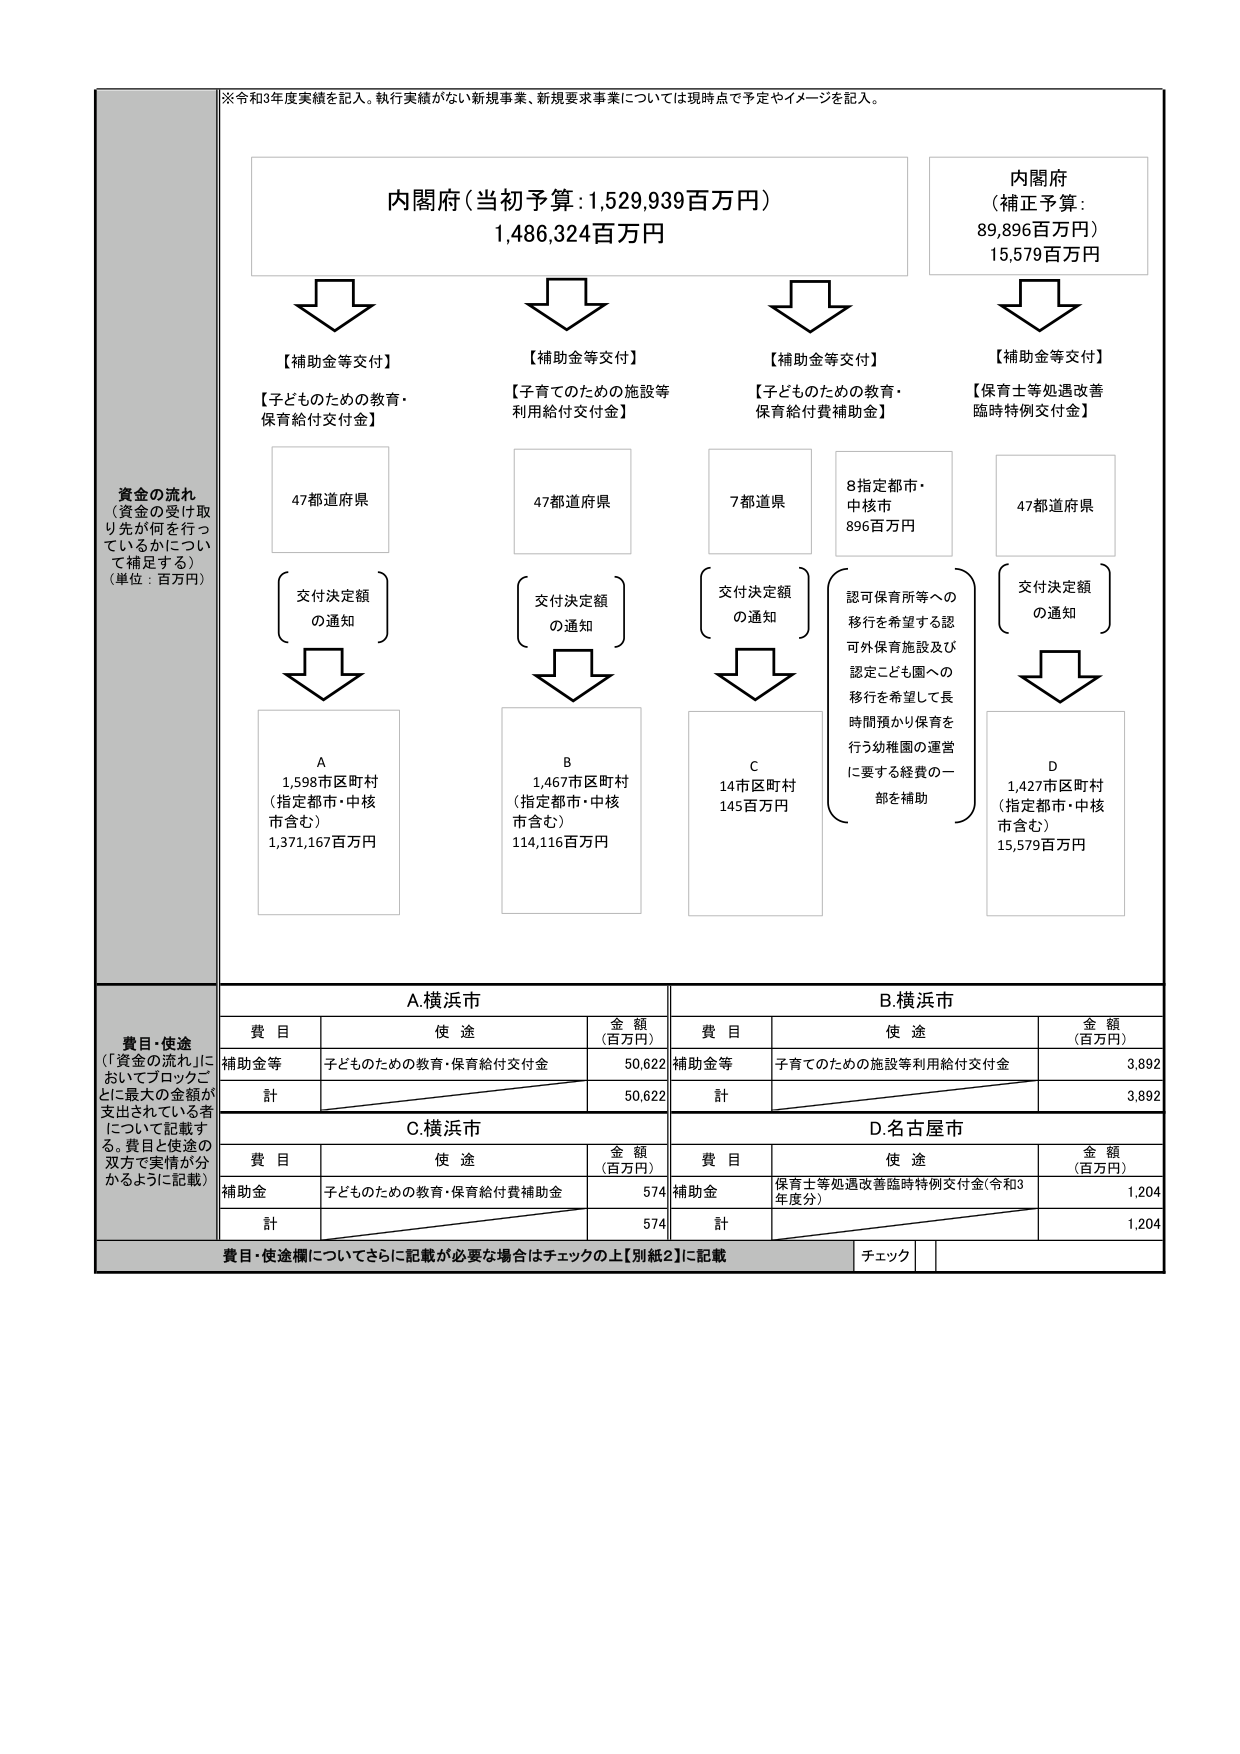
※令和3年度実績を記入。執行実績がない新規事業、新規要求事業については現時点で予定やイメージを記入。

資金の流れ
（資金の受け取り先が何を行っているかについて補足する）
（単位：百万円）

内閣府（当初予算：1,529,939百万円）
1,486,324百万円

内閣府
（補正予算：
89,896百万円）
15,579百万円

【補助金等交付】
【子どものための教育・保育給付交付金】
47都道府県
（交付決定額の通知）
A
1,598市区町村
（指定都市・中核市含む）
1,371,167百万円

【補助金等交付】
【子育てのための施設等利用給付交付金】
47都道府県
（交付決定額の通知）
B
1,467市区町村
（指定都市・中核市含む）
114,116百万円

【補助金等交付】
【子どものための教育・保育給付費補助金】
7都道県
（交付決定額の通知）
C
14市区町村
145百万円

8指定都市・中核市
896百万円
（認可保育所等への移行を希望する認可外保育施設及び認定こども園への移行を希望して長時間預かり保育を行う幼稚園の運営に要する経費の一部を補助）

【補助金等交付】
【保育士等処遇改善臨時特例交付金】
47都道府県
（交付決定額の通知）
D
1,427市区町村
（指定都市・中核市含む）
15,579百万円

費目・使途
（「資金の流れ」においてブロックごとに最大の金額が支出されている者について記載する。費目と使途の双方で実情が分かるように記載）

A.横浜市
費目　　　　　　使途　　　　　　　　　金額（百万円）
補助金等　　　　子どものための教育・保育給付交付金　　50,622
計　　　　　　　　　　　　　　　　　　　　　　　　50,622

B.横浜市
費目　　　　　　使途　　　　　　　　　金額（百万円）
補助金等　　　　子育てのための施設等利用給付交付金　　3,892
計　　　　　　　　　　　　　　　　　　　　　　　　3,892

C.横浜市
費目　　　　　　使途　　　　　　　　　金額（百万円）
補助金　　　　子どものための教育・保育給付費補助金　　574
計　　　　　　　　　　　　　　　　　　　　　　　　574

D.名古屋市
費目　　　　　　使途　　　　　　　　　金額（百万円）
補助金　　　　保育士等処遇改善臨時特例交付金（令和3年度分）　1,204
計　　　　　　　　　　　　　　　　　　　　　　　　1,204

費目・使途欄についてさらに記載が必要な場合はチェックの上【別紙2】に記載
チェック